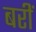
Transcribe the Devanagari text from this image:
बरीं